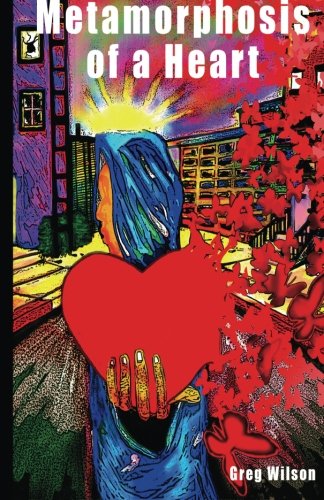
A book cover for The Metamorphosis Of A Heart: The Butterfly Effect; Greg Wilson; Gay & Lesbian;